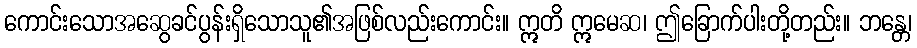
ကောင်းသောအဆွေခင်ပွန်းရှိသောသူ၏အဖြစ်လည်းကောင်း။ ဣတိ ဣမေဆ၊ ဤခြောက်ပါးတို့တည်း။ ဘန္တေ၊